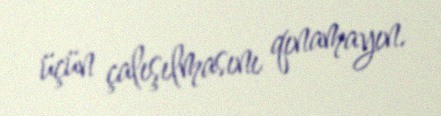
üçün çalışılmasını qınamayın.